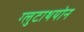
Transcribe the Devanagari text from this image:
ग्लुटाथयोन